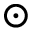
\odot